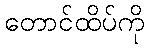
တောင်ထိပ်ကို